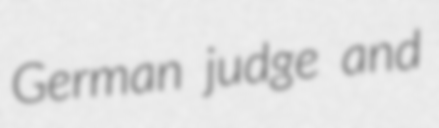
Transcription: German judge and